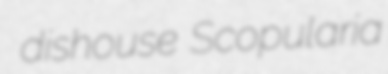
dishouse Scopularia